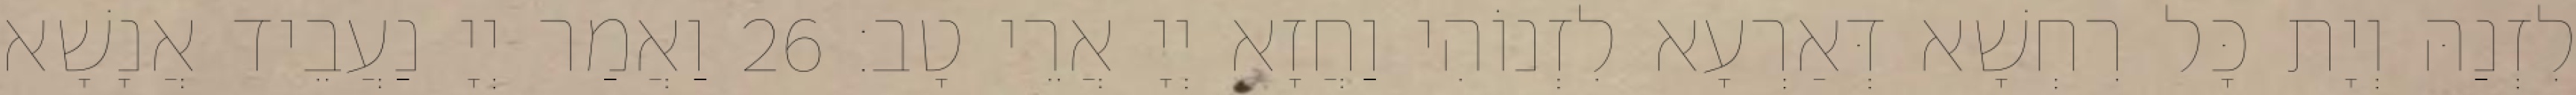
לִזְנַהּ וְיָת כָּל רִחְשָׁא דְּאַרְעָא לִזְנוֹהִי וַחֲזָא יְיָ אֲרֵי טָב׃ 26 וַאֲמַר יְיָ נַעֲבֵיד אֲנָשָׁא